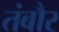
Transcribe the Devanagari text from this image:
तंबौर